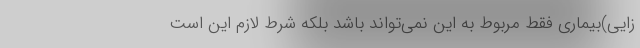
زایی)بیماری فقط مربوط به این نمی‌تواند باشد بلکه شرط لازم این است